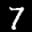
Label: 7